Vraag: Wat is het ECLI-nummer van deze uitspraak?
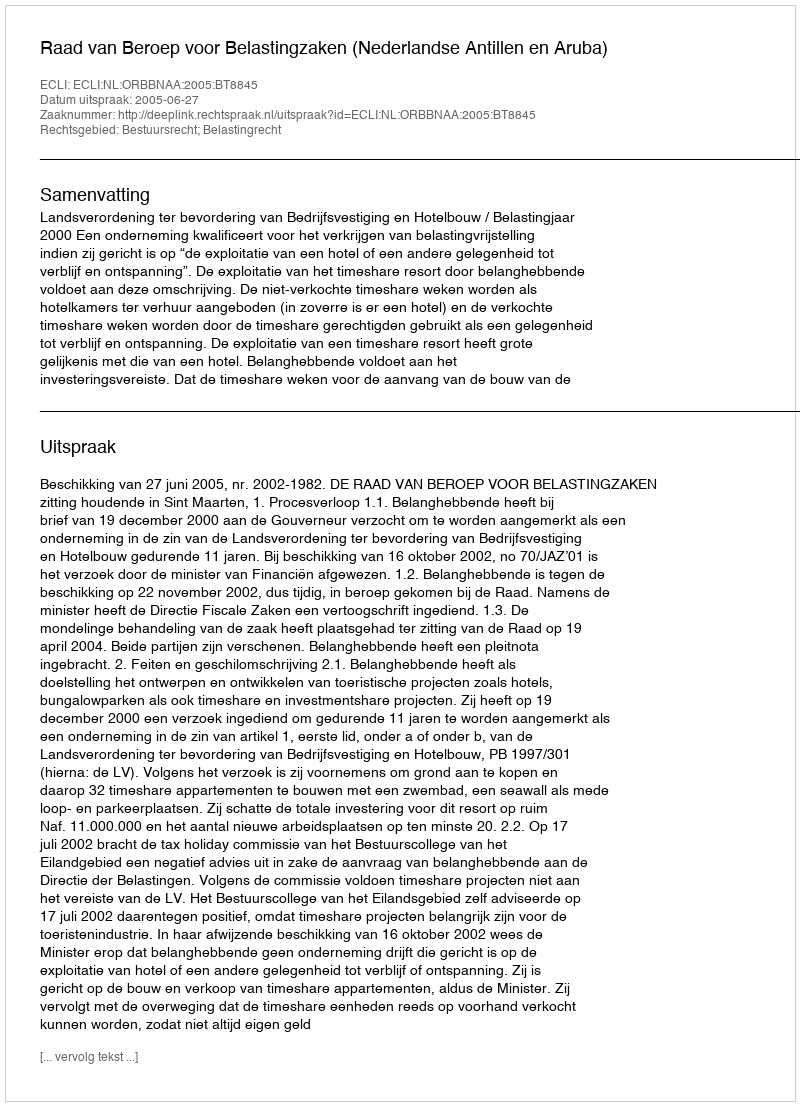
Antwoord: ECLI:NL:ORBBNAA:2005:BT8845